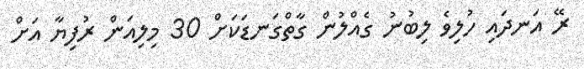
ރޭ އަނދައި ހުލިވެ ލިބުނު ގެއްލުން ގާތްގަނޑަކަށް 30 މިލިއަން ރުފިޔާ އަށް